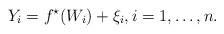
\begin{align*} Y_i=f^\star(W_i)+\xi_i,i=1,\ldots, n.\end{align*}